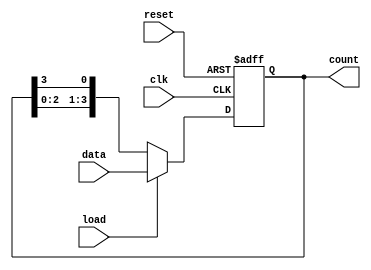
module LoadableRingCounter (
    input wire clk,          // Clock signal
    input wire reset,        // Asynchronous reset signal
    input wire load,         // Load enable signal
    input wire [N-1:0] data, // Parallel input data to load
    output reg [N-1:0] count // Output current state of the counter
);
    parameter N = 4; // Width of the counter (number of flip-flops)

    // Asynchronous reset and loading process
    always @(posedge clk or posedge reset) begin
        if (reset) begin
            // Reset the counter to zero
            count <= {N{1'b0}};
        end else if (load) begin
            // Load the counter with the specified data
            count <= data;
        end else begin
            // Shift the counter in a ring manner
            count <= {count[N-2:0], count[N-1]};
        end
    end

endmodule